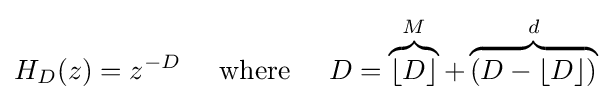
H_{D}(z)=z^{-D}\;\;\;\;\;{\text{where}}\;\;\;\;\;D=\overbrace {\lfloor D\rfloor } ^{M}+\overbrace {(D-\lfloor D\rfloor )} ^{d}